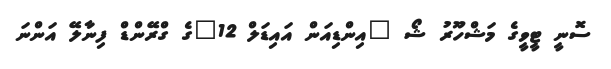
ސޮނީ ޓީވީގެ މަޝްހޫރު ޝޯ "އިންޑިއަން އައިޑަލް 12"ގެ ގްރޭންޑް ފިނާލޭ އަންނަ